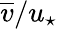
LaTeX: \overline{{v}}/u_{\star}